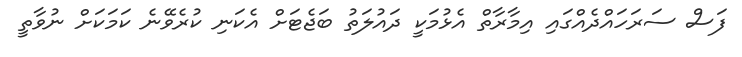
ފަސް ސަރަހައްދެއްގައި އިމާރާތް އެޅުމަކީ ދައުލަތު ބަޖެޓަށް އެކަނި ކުރެވޭނެ ކަމަކަށް ނުވާތީ